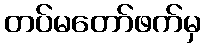
တပ်မတော်ဖက်မှ